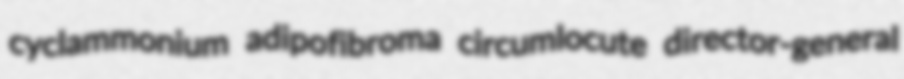
cyclammonium adipofibroma circumlocute director-general